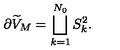
\partial \widetilde { V } _ { M } = \bigsqcup _ { k = 1 } ^ { N _ { 0 } } S _ { k } ^ { 2 } .